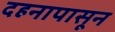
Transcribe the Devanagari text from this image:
दहनापासून